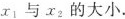
x_{1}与x_{2}的大小.